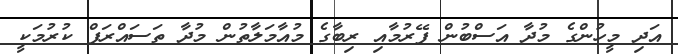
އަދި މީހުންގެ މުދާ އަސްބުން ފޭރުމާއި ރިބާގެ މުއާމަލާތުން މުދާ ތަސައްރަފް ކުރުމަކީ